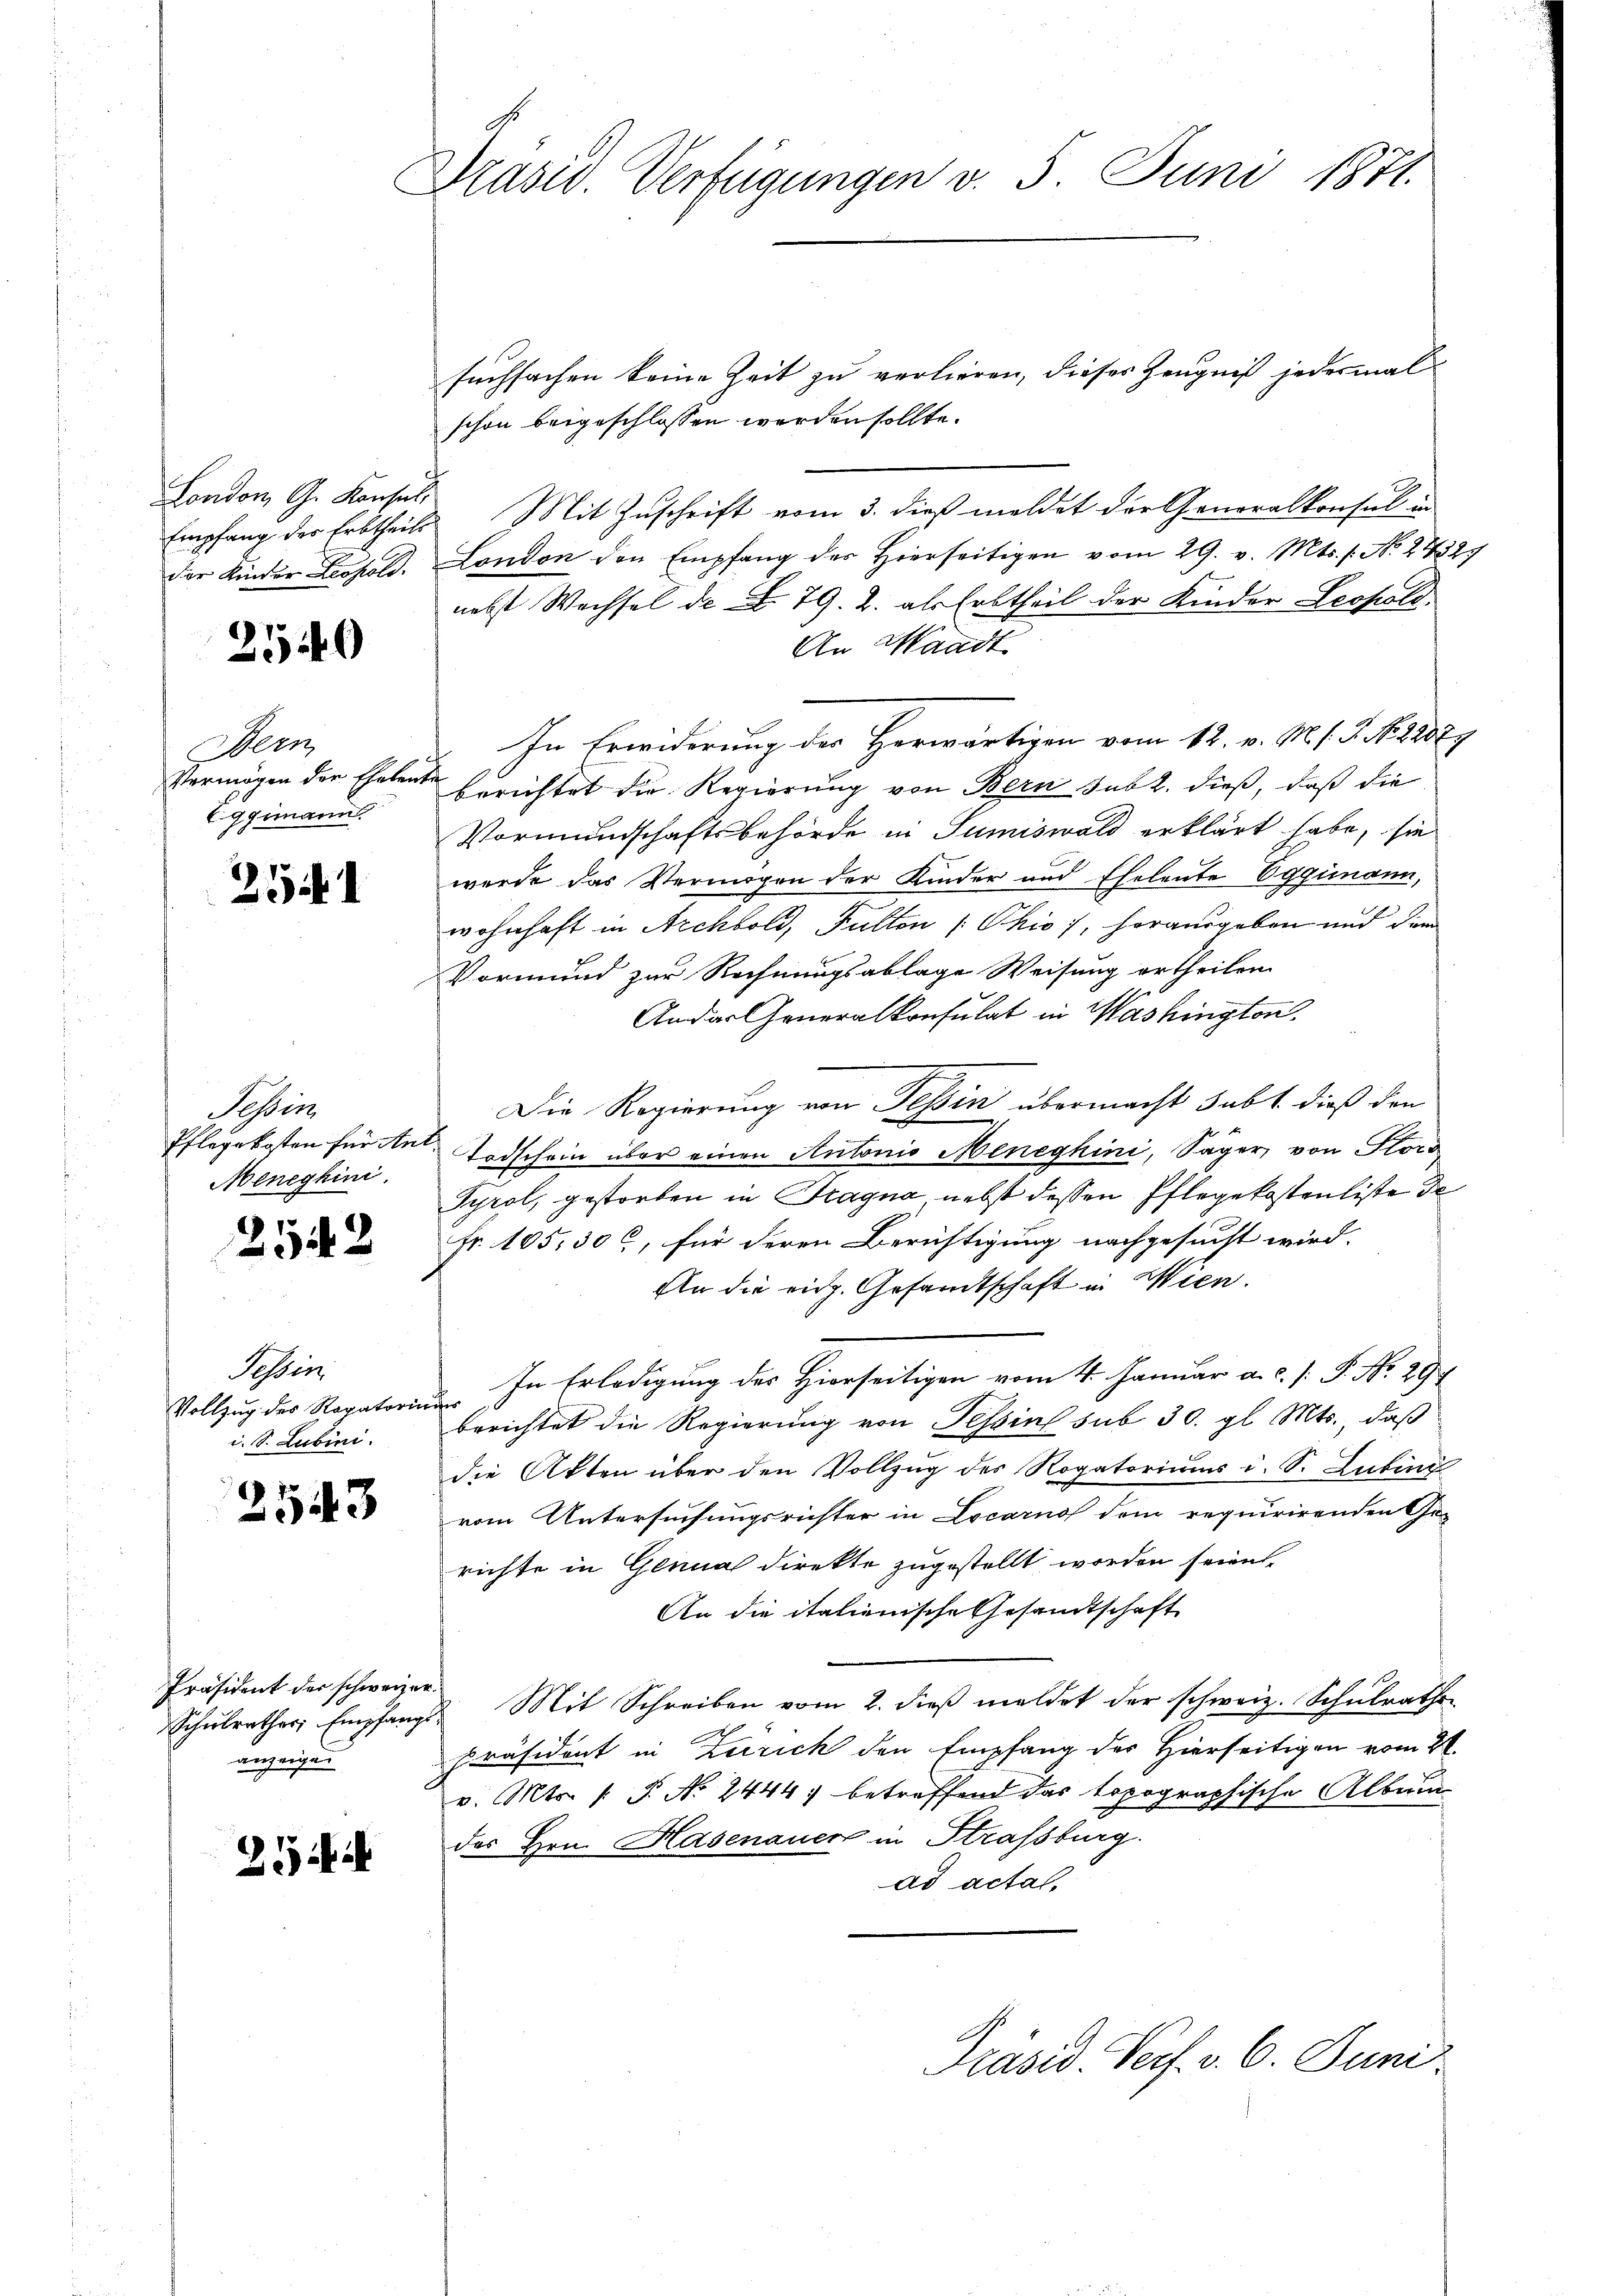
London G. Konsul,
Empfang der Erbtheils
der Kinder Leopold.

210

Wein
Vermögen der Ehelen.
Eggimann.

251

Schein
Pflegekosten für Ant¬
Meneghini.

2542

Tessin
Vollzug des Ragatorin
i. S. Lubini.

2543

Präsident der schweizer
Schulrathes Empfang
anzeigen

2

Drasis Verfügungen v. 5. Juni 1871.

suchsachen keine Zeit zu verlieren, dieser Zeugniß jedesmal
schon beigeschlossen werden sollte.
Mit Zuschrift vom 3. dieß meldet der Generalkonsul in
London den Empfang der Hierseitigen vom 29. v. Mts. f. No. 27327
nebst Wechsel de N. 79. 2. als Erbtheil der Kinder Leopold
An Waadt
In Erwiderung des Herwärtigen vom 12. v. M. h. T. No. 22079
berichtet die Regierung von Bern subt. dieß, daß die
Vormundschaftsbehörde in Sumiswald erklärt habe, sie
werde das Vermögen der Kinder und Eheleute Eggenann,
wohnhaft in Archbold, Fulten (Ohio, herausgeben und dem
Vormund zur Rechnungsablage Weisung ertheilen.
Ander Generalkonsulat in Washington
Die Regierung von Tessin übermacht subt. dieß den
Todschein über einen Antonio Meneghini, Säger, von Stors
Tyrol, gestorben in Fragna nebst dessen Pflegekostenliste de
Fr. 105. 300, für deren Berichtigung nachgesucht wird.
An die eidg. Gesandtschaft in Wien.
In Erledigung des Hierseitigen vom 4. Januar a. c. [ P. No. 29
f
berichtet die Regierung von Tessin sub 30. gl. Mts., daß
die Akten über den Vollzug des Rogatoriums i. S. Lubin
vom Untersuchungsrichter in Locarnof dem requirirenden Ge-
richte in Genua direkte zugestellt worden seien,
An die italienische Gesandtschaft
Mit Schreiben vom 2. dieß meldet der schweiz. Schulrathen
präsident in Zürich den Empfang der Hierseitigen vom 21.
v. Mts. (: P. Nr. 2444, betreffend das topographische Album
des Hrn. Hasenauer in Strassburg.
ad acta,

Präsid. Pech. v. 6. Juni